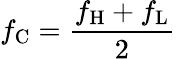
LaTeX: f_{\mathrm{C}}={\frac{f_{\mathrm{H}}+f_{\mathrm{L}}}{2}}